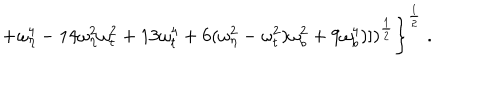
\left. + \omega _ { \eta } ^ { 4 } - 1 4 \omega _ { \eta } ^ { 2 } \omega _ { t } ^ { 2 } + 1 3 \omega _ { t } ^ { 4 } + 6 ( \omega _ { \eta } ^ { 2 } - \omega _ { t } ^ { 2 } ) \omega _ { b } ^ { 2 } + 9 \omega _ { b } ^ { 4 } ) ] ) ^ { \frac { 1 } { 2 } } \right\} ^ { \frac { 1 } { 2 } } \; .